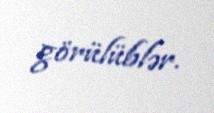
görülüblər.